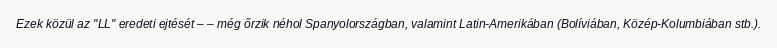
Ezek közül az "LL" eredeti ejtését – – még őrzik néhol Spanyolországban, valamint Latin-Amerikában (Bolíviában, Közép-Kolumbiában stb.).